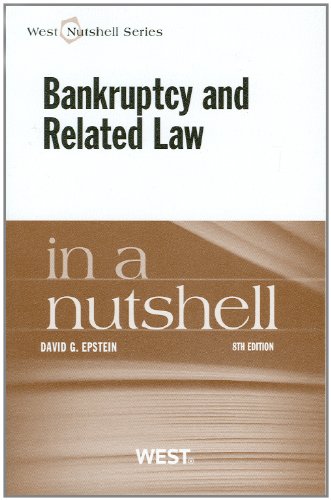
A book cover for Epstein's Bankruptcy and Related Law in a Nutshell, 8th; David Epstein; Law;